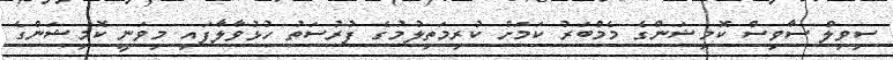
ސިވިލް ސާވިސް ކޮމިޝަންގެ މެމްބަރު ކަމަށް ކުރިމަތިލުމުގެ ފުރުސަތު ހުޅުވާލާފައި މިވަނީ ކޮމިޝަންގެ